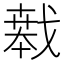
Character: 𱟝